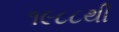
૧૯૮૮થી